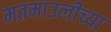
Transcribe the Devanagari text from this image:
मतमाउलीच्या